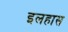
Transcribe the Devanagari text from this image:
इलहास